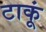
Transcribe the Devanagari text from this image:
टाकूं